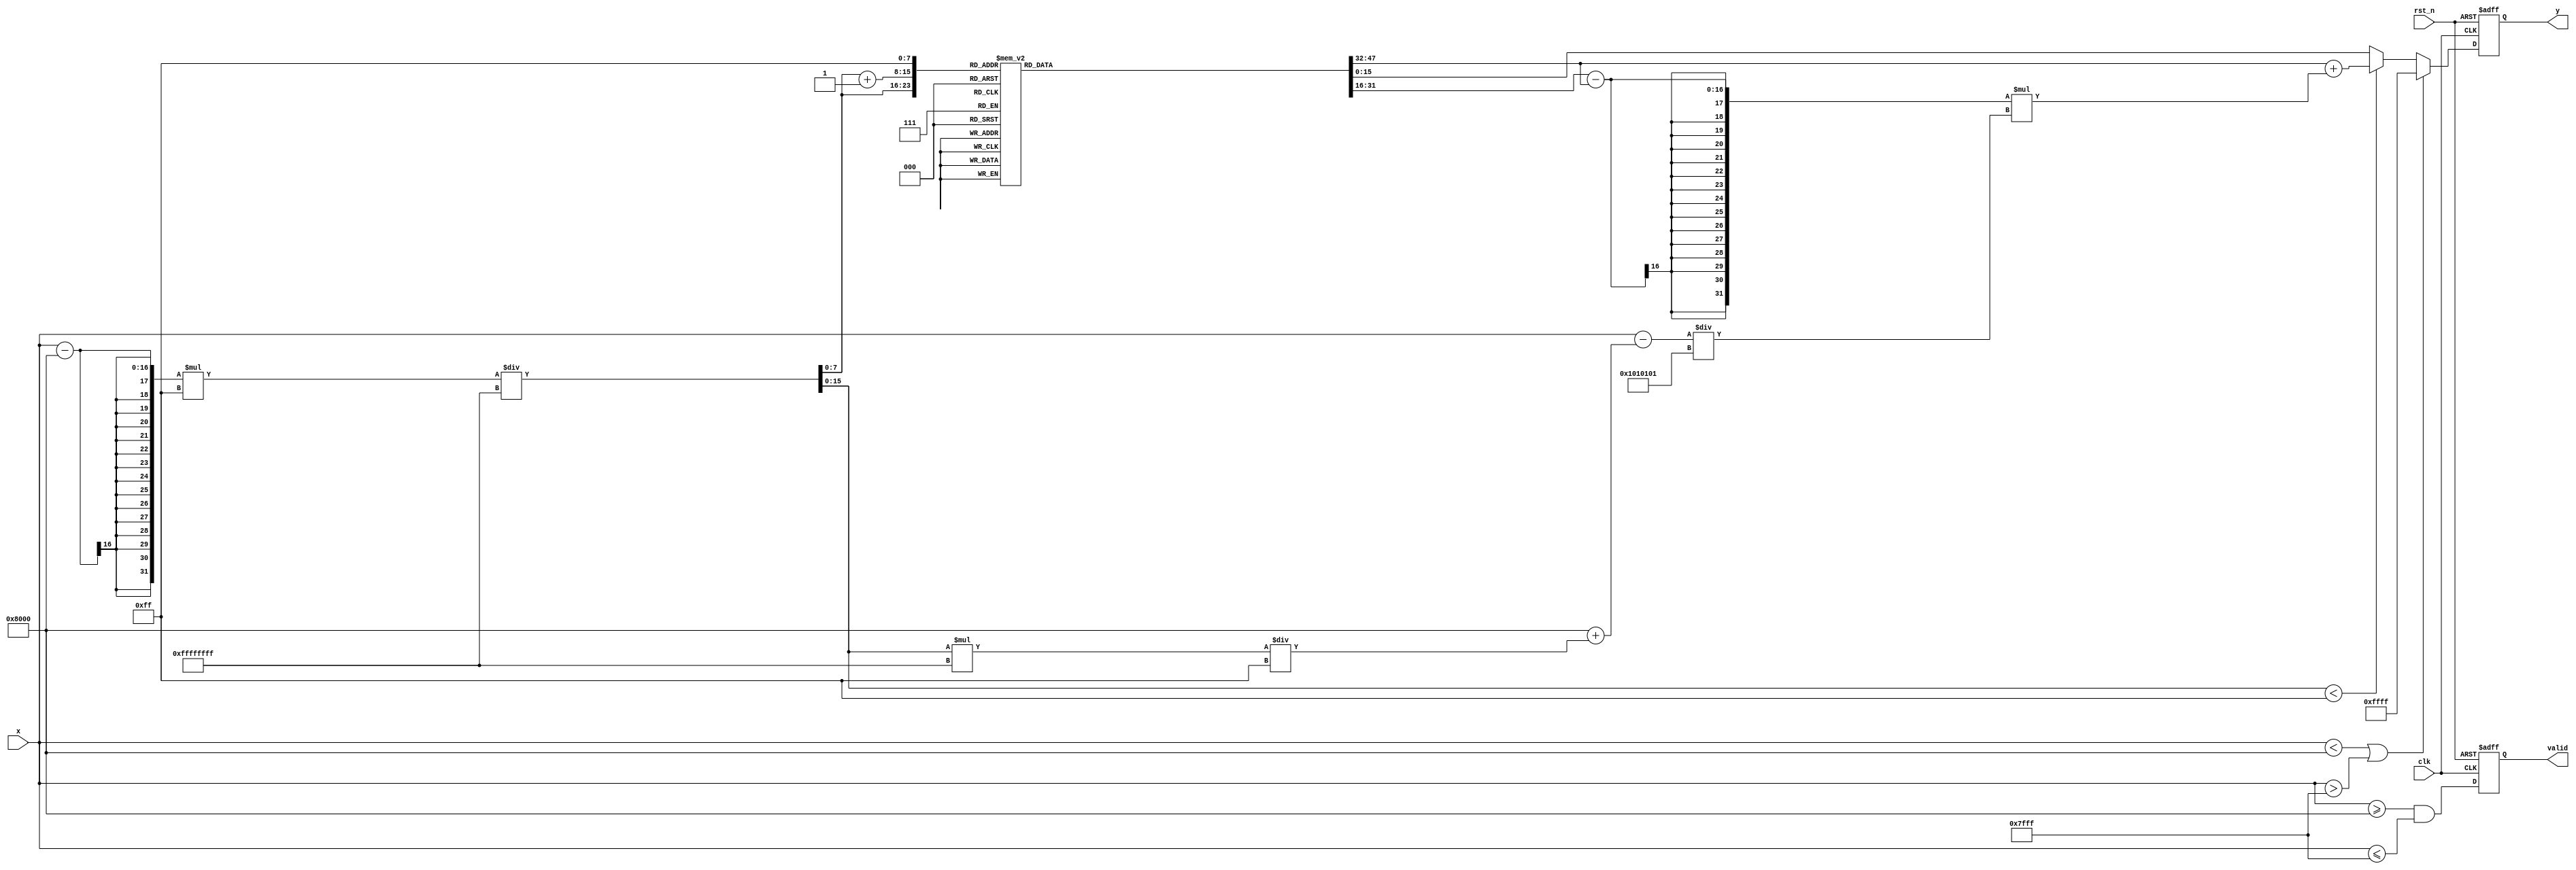
module asin_block (
    input wire clk,              // Clock signal
    input wire rst_n,            // Active low reset
    input wire [15:0] x,         // Input value (fixed-point representation)
    output reg [15:0] y,         // Output value (fixed-point representation)
    output reg valid             // Output valid signal
);

    // Constants
    localparam [15:0] LUT_SIZE = 256; // Number of entries in the LUT
    localparam [15:0] LUT_MIN = 16'h8000; // -1 in fixed-point
    localparam [15:0] LUT_MAX = 16'h7FFF; // 1 in fixed-point
    localparam [15:0] PI_OVER_2 = 16'h1C90; // /2 in fixed-point (approx. 1.5708)
    
    // LUT for asin values (precomputed)
    reg [15:0] asin_lut [0:LUT_SIZE-1];

    // Initialize LUT with precomputed values
    initial begin
        // Example values, should be filled with actual asin values
        // asin_lut[0] = -PI/2, asin_lut[128] = 0, asin_lut[255] = PI/2
        // Fill in the LUT with actual values here
        // Example: asin_lut[0] = 16'h8000; // -/2
        // ...
        // asin_lut[255] = 16'h7FFF; // /2
    end

    // Internal signals
    reg [15:0] lut_index;
    reg [15:0] lut_index_next;
    reg [15:0] y_next;
    
    // State machine for processing
    always @(posedge clk or negedge rst_n) begin
        if (!rst_n) begin
            y <= 16'h0000; // Reset output
            valid <= 1'b0; // Reset valid signal
        end else begin
            y <= y_next;
            valid <= (x >= LUT_MIN && x <= LUT_MAX);
        end
    end

    // Compute LUT index and output
    always @(*) begin
        if (x < LUT_MIN || x > LUT_MAX) begin
            y_next = 16'hFFFF; // Error value (NaN or similar)
        end else begin
            // Scale input to LUT index
            lut_index = (x - LUT_MIN) * (LUT_SIZE - 1) / (LUT_MAX - LUT_MIN);
            // Perform linear interpolation
            if (lut_index < LUT_SIZE - 1) begin
                y_next = asin_lut[lut_index] + 
                          ((asin_lut[lut_index + 1] - asin_lut[lut_index]) * 
                          ((x - (LUT_MIN + lut_index * (LUT_MAX - LUT_MIN) / (LUT_SIZE - 1))) / 
                          ((LUT_MAX - LUT_MIN) / (LUT_SIZE - 1))));
            end else begin
                y_next = asin_lut[LUT_SIZE - 1]; // Max value
            end
        end
    end

endmodule